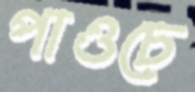
পাওচে